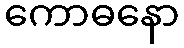
ကောဓနော